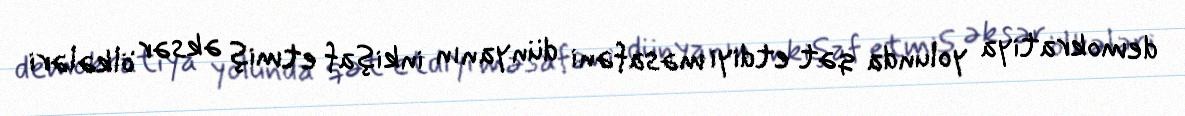
demokratiya yolunda qət etdiyi məsafəni dünyanın inkişaf etmiş əksər ölkələri